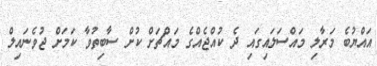
އައްޔުބެ މަރާލި މައްސަލައިގައި ދެ ކުއްޖެއްގެ މައްޗަށް ކުށް ސާބިތުވާ ކަމަށް ޖުވެނައިލް